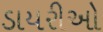
ડાયરીઓ